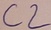
Text: C2